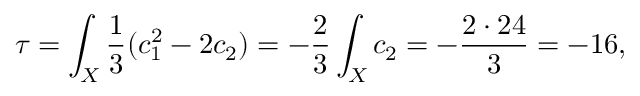
\tau = \int _ { X } \frac { 1 } { 3 } ( c _ { 1 } ^ { 2 } - 2 c _ { 2 } ) = - \frac { 2 } { 3 } \int _ { X } c _ { 2 } = - \frac { 2 \cdot 2 4 } { 3 } = - 1 6 ,